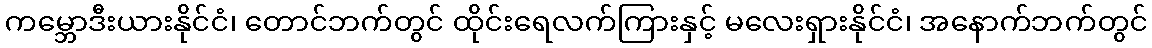
ကမ္ဘောဒီးယားနိုင်ငံ၊ တောင်ဘက်တွင် ထိုင်းရေလက်ကြားနှင့် မလေးရှားနိုင်ငံ၊ အနောက်ဘက်တွင်